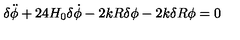
{ \delta } \ddot { \phi } + 2 4 H _ { 0 } { \delta } \dot { \phi } - 2 k R { \delta } { \phi } - 2 k { \delta } R { \phi } = 0